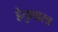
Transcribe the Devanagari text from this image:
हेतुशास्त्र